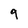
Character: 9